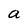
Character: a